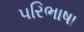
પરિભાષા